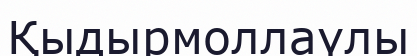
Қыдырмоллаүлы